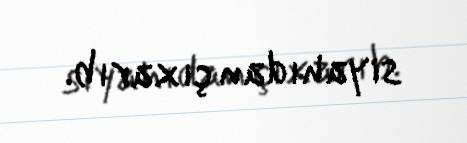
siyahıdan çıxarıb.